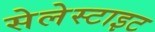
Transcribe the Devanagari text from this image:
सेलेस्टाइट